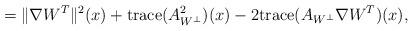
LaTeX: \begin{align*}\quad=\| \nabla W^{T}\| ^{2}(x)+\mathrm{trace}(A^2_{W^{\perp}})(x)-2\mathrm{trace}(A_{W^{\perp}}\nabla W^{T})(x),\end{align*}